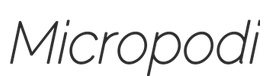
Micropodi